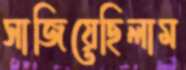
সাজিয়েছিলাম